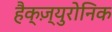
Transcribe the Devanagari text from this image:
हैक्ज़्युरोनिक